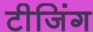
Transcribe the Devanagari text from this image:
टीजिंग